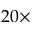
2 0 \times